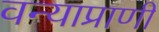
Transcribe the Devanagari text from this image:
वन्याप्राणी